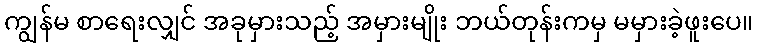
ကျွန်မ စာရေးလျှင် အခုမှားသည့် အမှားမျိုး ဘယ်တုန်းကမှ မမှားခဲ့ဖူးပေ။